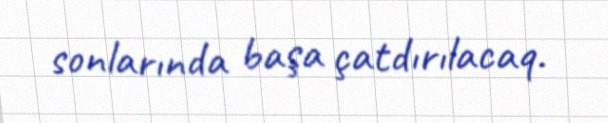
sonlarında başa çatdırılacaq.